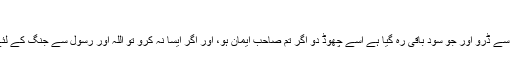
“
ايمان والوں اللہ سے ڈرو اور جو سود باقى رہ گيا ہے اسے چھوڈ دو اگر تم صاحب ايمان ہو، اور اگر ايسا نہ کرو تو اللہ اور رسول سے جنگ کے لئے تيار ہو جاؤ۔